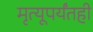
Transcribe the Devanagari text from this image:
मृत्यूपर्यंतही